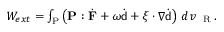
\begin{array} { r } { W _ { e x t } = \int _ { \mathrm { P } } \left( \mathbf { P } : \dot { \mathbf { F } } + \omega \dot { { \mathsf { d } } } + \boldsymbol { \xi } \cdot \nabla \dot { { \mathsf { d } } } \right) \, d v _ { \mathrm { ~ \tiny ~ R ~ } } . } \end{array}